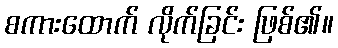
စကားထောက် လိုက်ခြင်း ဖြစ်၏။